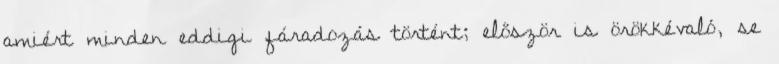
amiért minden eddigi fáradozás történt; először is örökkévaló, se